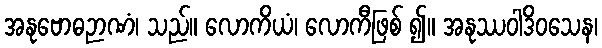
အနုဗောဓဉာဏံ၊ သည်။ လောကိယံ၊ လောကီဖြစ် ၍။ အနုဿဝါဒိဝသေန၊